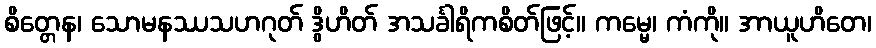
စိတ္တေန၊ သောမနဿသဟဂုတ် ဒွိဟိတ် အသင်္ခါရိကစိတ်ဖြင့်။ ကမ္မေ၊ ကံကို။ အာယူဟိတေ၊